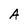
Character: A